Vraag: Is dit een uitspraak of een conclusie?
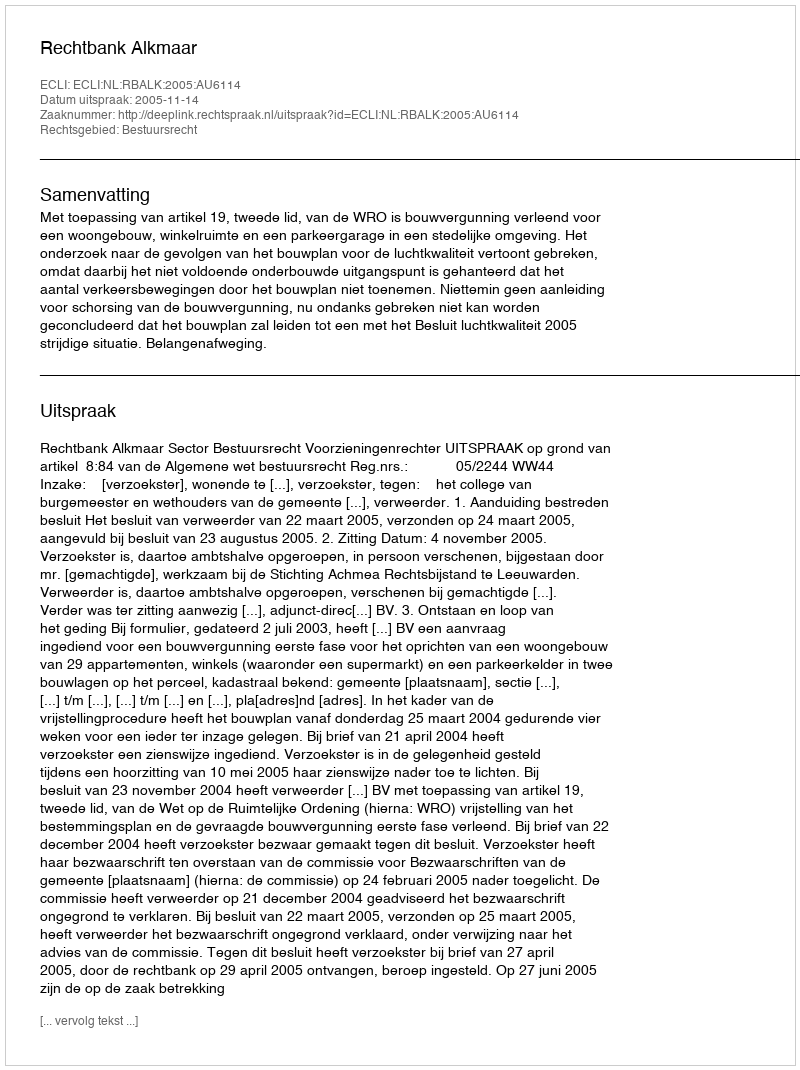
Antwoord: Uitspraak